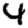
Digit: 4